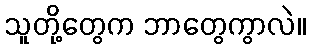
သူတို့တွေက ဘာတွေကွာလဲ။